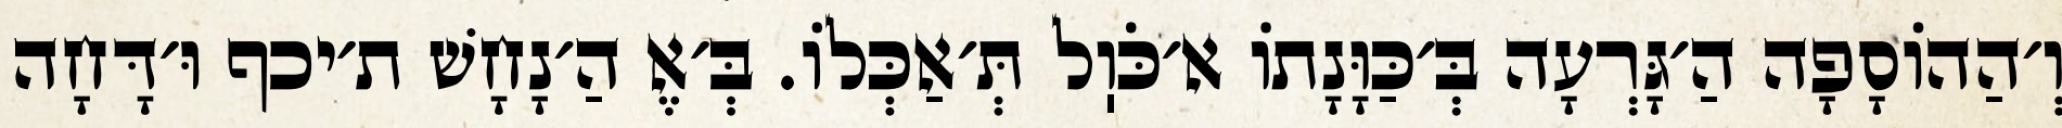
וְ׳הַהוֹסָפָה הַ׳גָּרְעָה בְּ׳כַּוָּנָתוֹ א׳כֹּוֽל תְּ׳אַכְּלוֹ. בְּ׳אֶ הַ׳נָחָשׁ ת׳יכף וּ׳דָּחָה